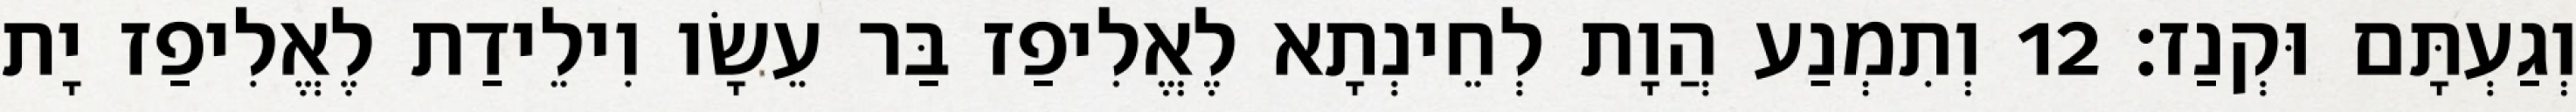
וְגַעְתָּם וּקְנַז׃ 12 וְתִמְנַע הֲוָת לְחֵינְתָא לֶאֱלִיפַז בַּר עֵשָׂו וִילֵידַת לֶאֱלִיפַז יָת